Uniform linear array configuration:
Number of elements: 64
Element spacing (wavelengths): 0.25
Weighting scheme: hann
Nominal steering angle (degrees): -60
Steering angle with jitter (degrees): -60.599
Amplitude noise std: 0.05
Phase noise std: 0.05

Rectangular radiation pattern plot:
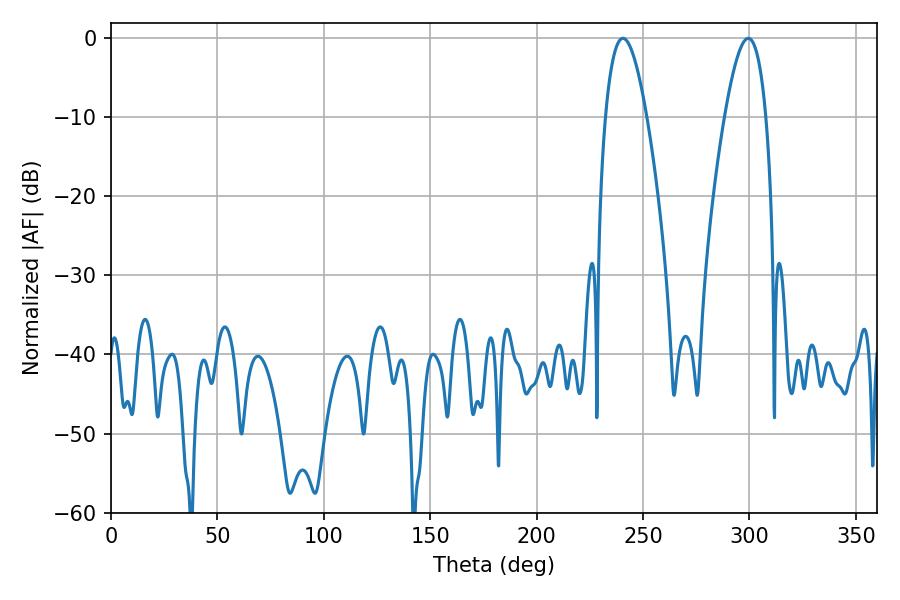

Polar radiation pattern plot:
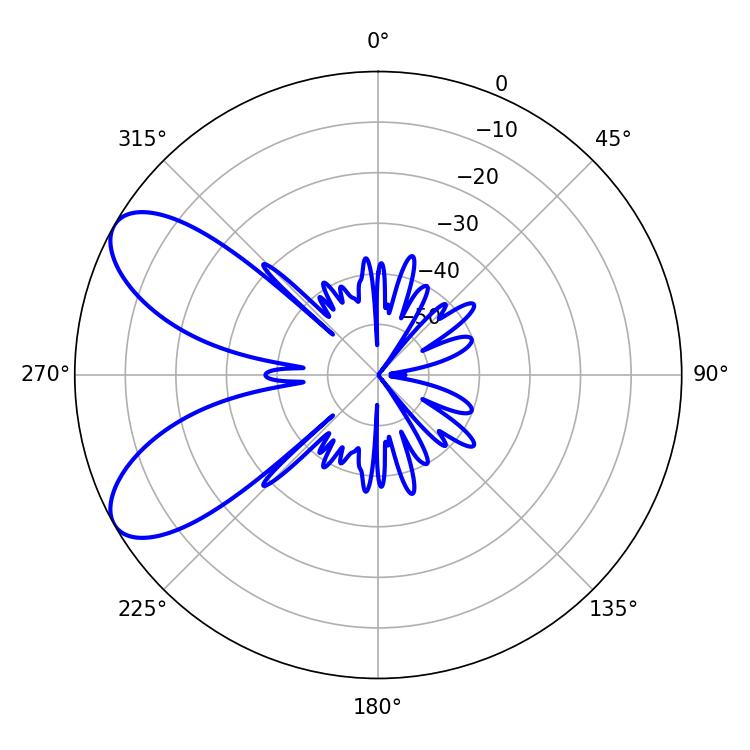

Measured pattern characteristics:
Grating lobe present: FALSE
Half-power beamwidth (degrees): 10.62
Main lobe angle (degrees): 240.48